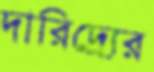
দারিদ্র্র্যের